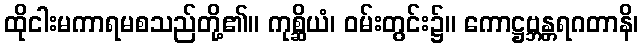
ထိုငါးမကာရမစသည်တို့၏။ ကုစ္ဆိယံ၊ ဝမ်းတွင်း၌။ ကောဋ္ဌဗ္ဘန္တရဂတာနိ၊